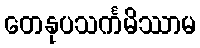
တေနုပသင်္ကမိဿာမ